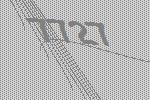
7727